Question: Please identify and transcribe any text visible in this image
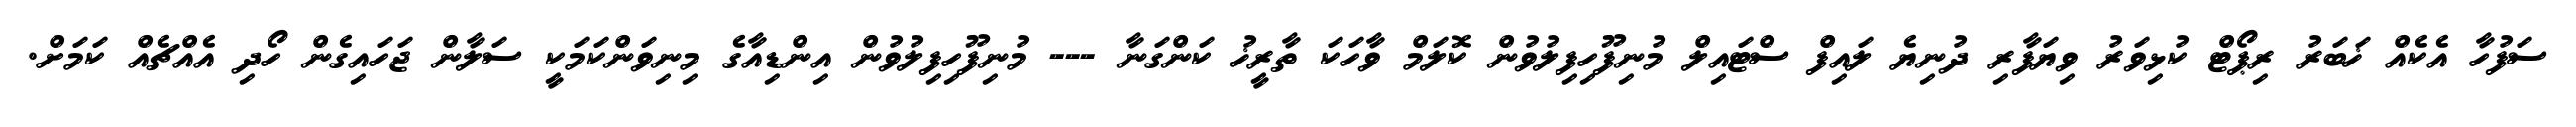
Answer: ސަފުހާ އެކެއް ޚަބަރު ރިޕޯޓް ކުޅިވަރު ވިޔަފާރި ދުނިޔެ ލައިފް ސްޓައިލް މުނިފޫހިފިލުވުން ކޮލަމް ވާހަކަ ތާރީޚު ކަންގަނާ --- މުނިފޫހިފިލުވުން އިންޑިއާގެ މިނިވަންކަމަކީ ސަލާން ޖަހައިގެން ހޯދި އެއްޗެއް ކަމަށް.